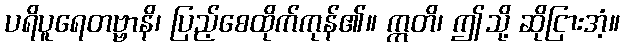
ပရိပူရေတဗ္ဗာနိ၊ ပြည့်စေထိုက်ကုန်၏။ ဣတိ၊ ဤသို့ ဆိုငြားအံ့။